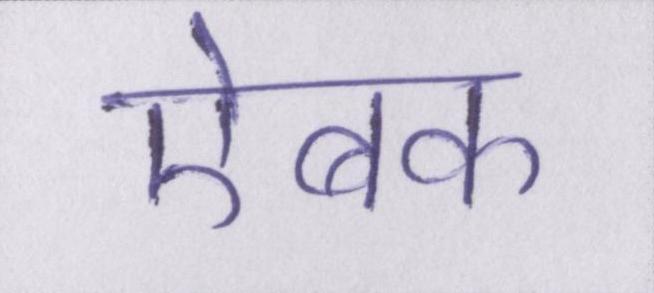
ऐबक